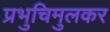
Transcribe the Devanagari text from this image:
प्रभुचिमुलकर